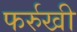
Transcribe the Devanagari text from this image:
फर्रुखी